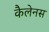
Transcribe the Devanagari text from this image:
कैलेनस